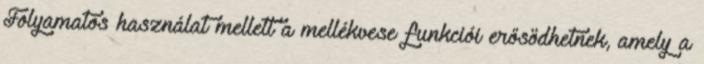
Folyamatos használat mellett a mellékvese funkciói erősödhetnek, amely a